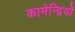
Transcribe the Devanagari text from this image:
कामेन्द्रियों